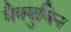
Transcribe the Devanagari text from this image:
मैक्युबिन